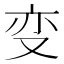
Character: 变